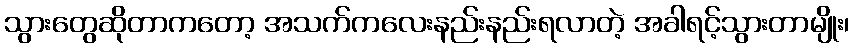
သွားတွေဆိုတာကတော့ အသက်ကလေးနည်းနည်းရလာတဲ့ အခါရင့်သွားတာမျိုး၊